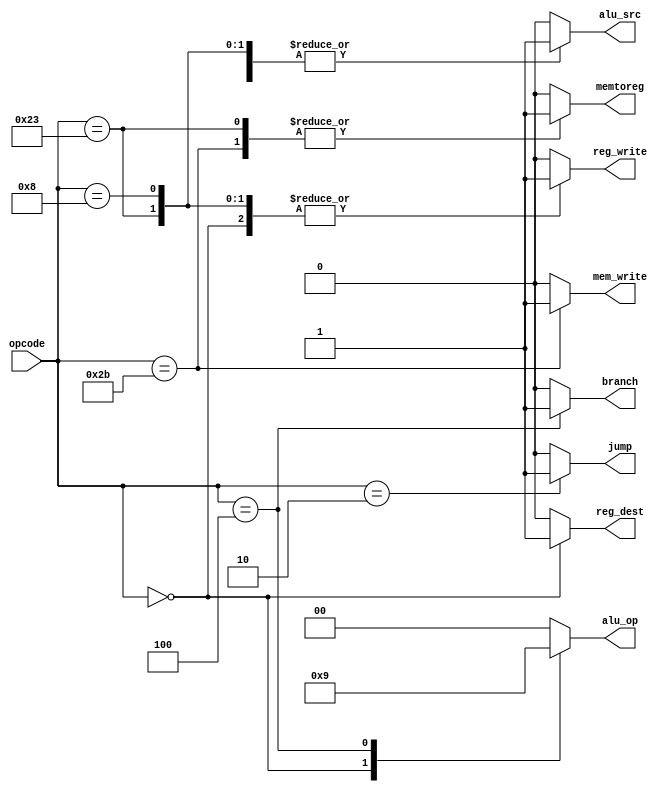
module main_decoder(
    input [5:0] opcode,
    output reg mem_write, reg_write,
    output reg reg_dest, alu_src,
    output reg memtoreg, branch, jump,
    output reg [1:0] alu_op
);
    
    always@(*) begin
        alu_op = 2'b00;
        mem_write = 1'b0;
        reg_write = 1'b0;
        reg_dest = 1'b0;
        alu_src = 1'b0;
        memtoreg = 1'b0;
        branch = 1'b0;
        jump = 1'b0;
        
        case(opcode)
            6'b000000: begin
                         alu_op = 2'b10;
                         reg_write = 1'b1;
                         reg_dest = 1'b1;
                       end
                       
            6'b100011: begin
                         alu_src = 1'b1;
                         reg_write = 1'b1;
                         memtoreg = 1'b1;
                       end
                       
            6'b101011: begin
                          mem_write = 1'b1;
                          alu_src = 1'b1;
                          memtoreg = 1'b1;
                       end
                       
            6'b000100: begin
                         alu_op = 2'b01;
                         branch = 1'b1; 
                       end
                       
            6'b001000: begin
                         reg_write = 1'b1;
                         alu_src = 1'b1;
                       end
                                             
            6'b000010: begin
                         jump = 1'b1;
                       end
                       
            default: begin
                         alu_op = 2'b00;
                         mem_write = 1'b0;
                         reg_write = 1'b0;
                         reg_dest = 1'b0;
                         alu_src = 1'b0;
                         memtoreg = 1'b0;
                         branch = 1'b0;
                         jump = 1'b0;
                     end
        endcase 
    end

endmodule